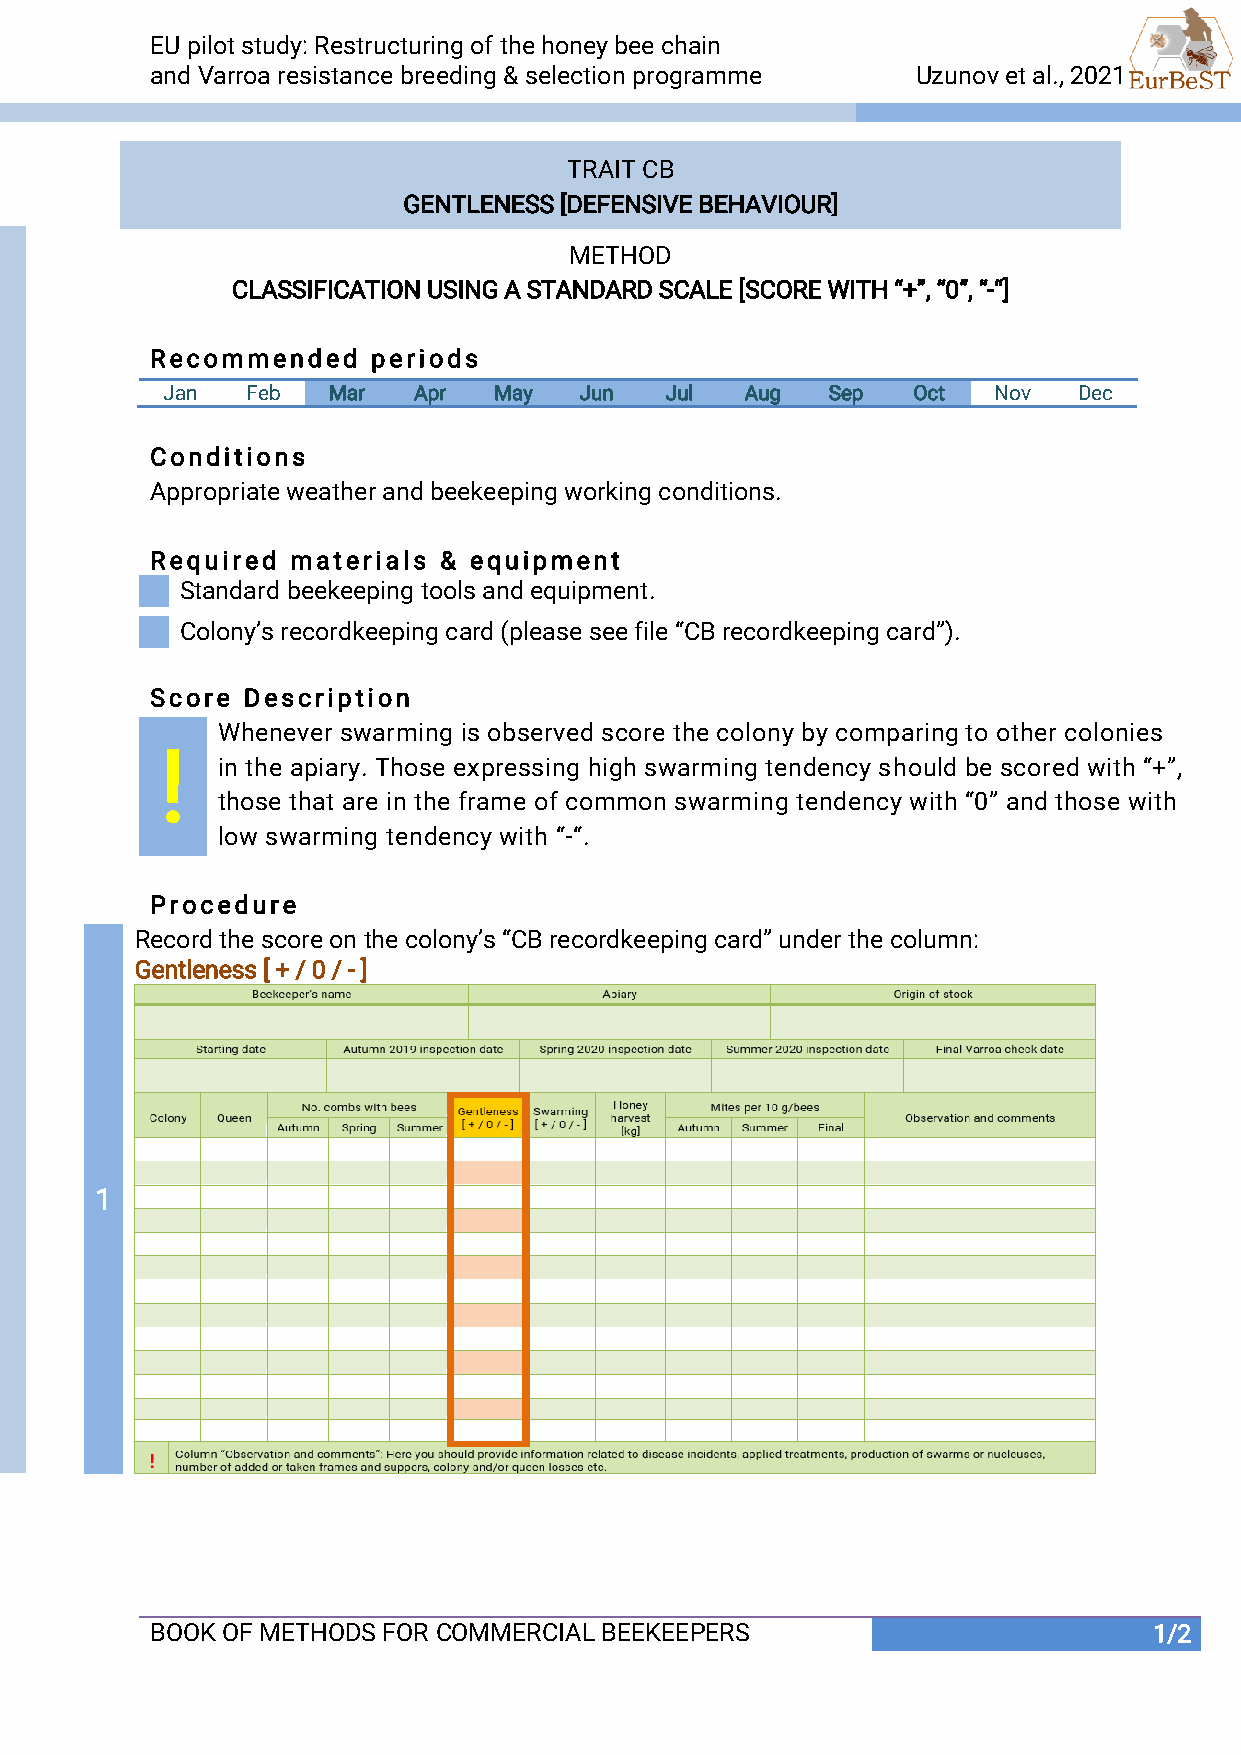
EU pilot study: Restructuring of the honey bee chain
 and Varroa resistance breeding & selection programme Uzunov et al., 2021
 TRAIT CB
 GENTLENESS [DEFENSIVE BEHAVIOUR]
 METHOD
 CLASSIFICATION USING A STANDARD SCALE [SCORE WITH “+”, “0”, “-“]
 Recommended    periods
 Jan  Feb   Mar  Apr   May  Jun   Jul  Aug   Sep  Oct   Nov  Dec
 Conditions
 Appropriate weather and beekeeping working conditions.
 Required materials & equipment
 Standard beekeeping tools and equipment.
 Colony’s recordkeeping card (please see file “CB recordkeeping card”).
 Score Description
 Whenever swarming is observed score the colony by comparing to other colonies
 !
 in the apiary. Those expressing high swarming tendency should be scored with “+”,
 those that are in the frame of common swarming tendency with “0” and those with
 low swarming tendency with “-“.
 Procedure
 Record the score on the colony’s “CB recordkeeping card” under the column:
 Gentleness [ + / 0 / - ]
 1
 BOOK OF METHODS FOR COMMERCIAL BEEKEEPERS                         1/2